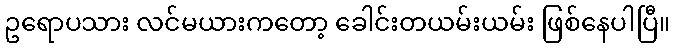
ဥရောပသား လင်မယားကတော့ ခေါင်းတယမ်းယမ်း ဖြစ်နေပါပြီ။